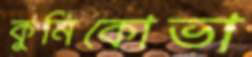
কুর্নিকোভা